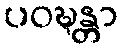
ပဝဍ္ဎန္တာ